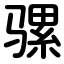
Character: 骡